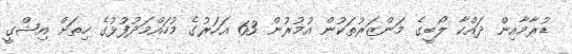
ޑުރާމާއިން ދައްކާ ލޯބީގެ މަންޒަރުތަކުން އުމުރުން 63 އަހަރުގެ މުހައްމަދުފުޅުގެ ހިތަށް އިޝްގީ